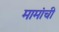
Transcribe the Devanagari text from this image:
मामांची